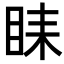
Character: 𥅦